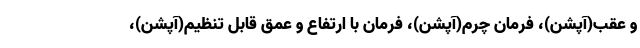
و عقب(آپشن)، فرمان چرم(آپشن)، فرمان با ارتفاع و عمق قابل تنظیم(آپشن)،